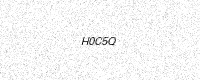
Text: H0C5Q